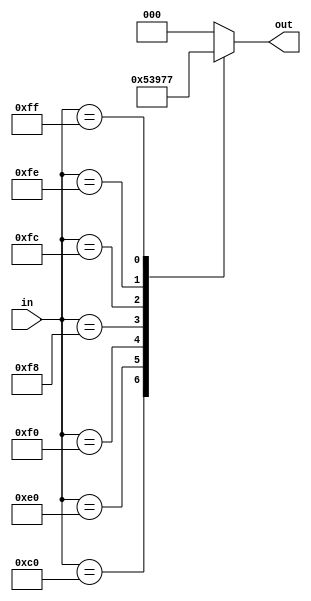
module priority_encoder(
    input [7:0] in,
    output reg [2:0] out
);

always @(*) begin
    case(in)
        8'b10000000: out = 3'b000; // input 0 has highest priority
        8'b11000000: out = 3'b001; // input 1 has highest priority
        8'b11100000: out = 3'b010; // input 2 has highest priority
        8'b11110000: out = 3'b011; // input 3 has highest priority
        8'b11111000: out = 3'b100; // input 4 has highest priority
        8'b11111100: out = 3'b101; // input 5 has highest priority
        8'b11111110: out = 3'b110; // input 6 has highest priority
        8'b11111111: out = 3'b111; // input 7 has highest priority
        default: out = 3'b000; // default value
    endcase
end

endmodule